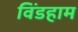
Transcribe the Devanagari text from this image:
विंडहाम